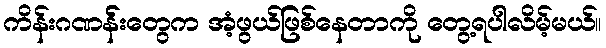
ကိန်းဂဏန််းတွေက အံ့ဖွယ်ဖြစ်နေတာကို တွေ့ရပါလိမ့်မယ်။